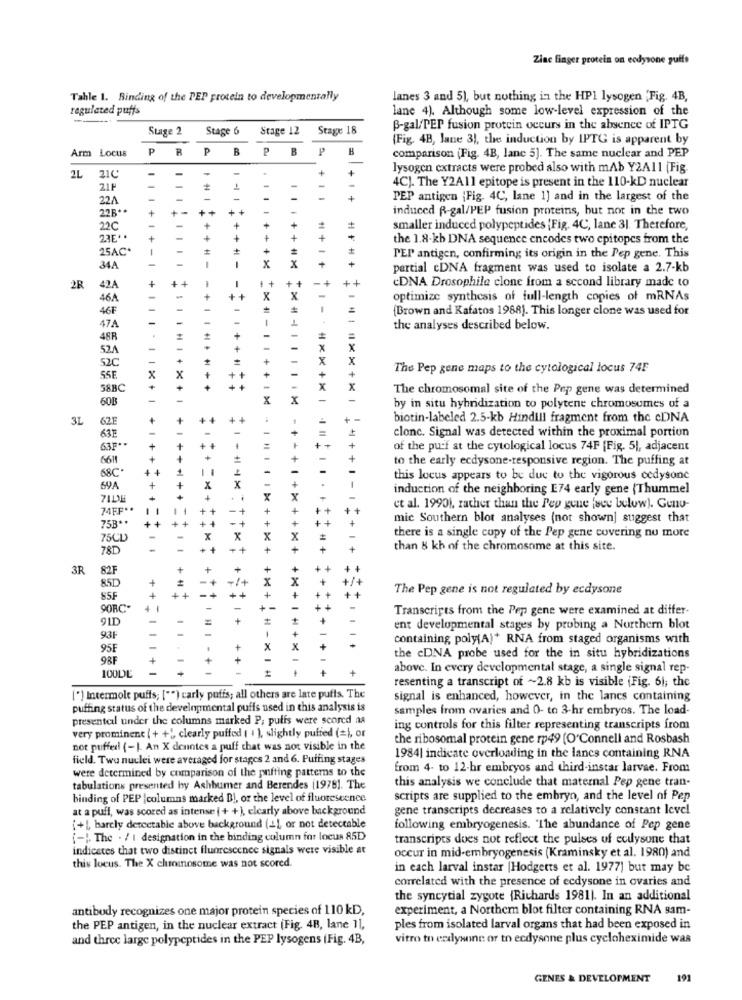
Zinc finger protein on eodysone puffs
Tahle 1. Binding of the PEP protein to developmentally
lanes 3 and 5), but nothing in the HPI lysogen 'Fig. 4B,
regulated puffs
lane 4). Although some low-level expression of the
Stage 2
Stage 6
Stage 12
Stage 18
B-gal/PEP fusion protein occurs in the absence of IPTG
(Fig. 4B, Jane 3), the induction by IPTG is apparent by
Arm Locus
PRPBPB
B
comparison (Fig. 4B, lane 5]. The same nuclear and PEP
-
-
+
+
lysogen extracts were probed also with mAb Y2A11 (Fig
IL
210
4C]. The Y2All epitope is present in the 110-kD nuclear
21F
-
-
22A
-
-
-
. + ..
1+
PEP antigen (Fig. 4C, lane 1] and in the largest of the
228 **
+ -
++
-
-
induced R-gal/PEP fusion proteins, but not in the two
-
22C
+
+
smaller induced polypeptides (Fig. 4C, lane 31. Therefore,
23E **
+
+
+
+
the 1.8-kb DNA sequence encodes two epitopes from the
25AC
+
-
x
x
PEP antigen, confirming its origin in the Pep gene. This
34A
-
-
1
+
partial cDNA fragment was used to isolate a 2.7-kb
+
+
1
.+
++
-+
CDNA Drosophile clone from a second library made to
2R
42A
-
46A
+
++
X
x
-
optimize synthesis of full-length copies of mRNAs
46F
{Brown and Kafatos 1988). This longer clone was used for
47.A
the analyses described below.
48R
52A
52C
The Pep gene maps to the cytological locus 74F
SSE
x
X
58BC
The chromosomal site of the Pep gene was determined
60B
x
by in situ hybridization to polytene chromosumes of a
3L
62E
biotin-labeled 2.5-kb Hindill fragment from the cDNA
clonc. Signal was detected within the proximal portion
63E
63F **
of the puf at the cytological locus 74F [Fig. 5), adjacent
6611
to the early ecdysone-responsive region. The puffing at
68C.
this locus appears to be due to the vigorous cedysone
69A
#14*
induction of the neighboring E74 early gene (Thummel
74FF **
et al. 19901, rather than the Pep gene face below). Gunu-
75B **
mic Southern blot analyses (not shown] suggest that
there is a single copy of the Pep gene covering no more
75CL
78D
than 8 kh of the chromosome at this site.
3R
82F
85D
The Pep gene is not regulated by ecdysone
85F
90RC-
Transcripts from the Pep gene were examined at differ-
91D
ent developmental stages by probing a Northern blot
93F
containing poly(A)* RNA from staged organisms with
95F
98F
+ .
the cDNA probe used for the in situ hybridizations
above. In every developmental stage, a single signal rep-
100DE
resenting a transcript of ~2.8 kb is visible (Fig. 61; the
[*] Intermole puffs; ["") carly puffs; all others are late puffs. The
signal is enhanced, however, in the lanes containing
puffing status of the developmental puffs used in this analysis is
samples from ovaries and 0- to 3-hr embryos. The load-
presenteil under the columns marked P; pulis were scored na
ing controls for this filter representing transcripts from
very prominent ( + +", clearly puffed ( + ), slightly puffed (=), or
the ribosomal protein gene rp49 (O'Connell and Rosbash
not puffed! (-). An X deuntes a puff that was not visible in the
field. Two nuclei were averaged for stages 2 and 6. Puffing stages
1984| indicate overloading in the lanes containing RNA
were determined by comparison of the puffing patterns to the
from 4- to 12-hr embryos and third-instar larvae. From
this analysis we conclude that maternal Pep gene tran-
tabulations presented hy Ashbumer and Berendes (1978]. The
binding of PEP |columns marked Bl, or the level of fluorescence
scripts are supplied to the embryn, and the level of Pep
at a puff, was scored as intense | + +), elcarly above background
gene transcripts decreases to a relatively constant level
[+L, harcly detectable above background (+), or not detectable
following embryogenesis. "The abundance of Pep gene
[-]. The . / I designation in the binding column for locus 85D
transcripts does not reflect the pulses of ecdysone that
indicates that two distinct fluorescence signals were visible at
occur in mid-embryogenesis (Kraminsky et al. 1980) and
this locus. The X chromosome was not scored.
in each larval instar |Hodgetts et al. 1977) but may be
correlated with the presence of ecdysone in ovaries and
the syncytial zygote {Richards 1981). In an additional
antibody recognizes one major protein species of 110 kD,
experiment, a Northern blot filter containing RNA sam-
the PEP antigen, in the nuclear extract (Fig. 4B, lane 11,
ples from isolated larval organs that had been exposed in
and three large polypeptides in the PEP lysogens (Fig. 4B,
vitro to exdysone or to ecdysone plus cycloheximide was
GENES & DEVELOPMENT
191